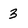
Character: 3